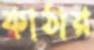
কাঠার